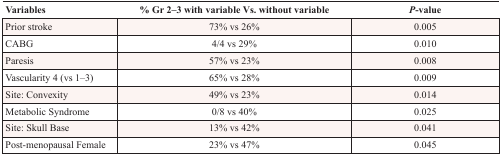
| Variables | % Gr 2–3 with variable Vs. without variable | P-value |
 | --- | --- | --- |
 | Prior stroke | 73% vs 26% | 0.005 |
 | CABG | 4/4 vs 29% | 0.010 |
 | Paresis | 57% vs 23% | 0.008 |
 | Vascularity 4 (vs 1–3) | 65% vs 28% | 0.009 |
 | Site: Convexity | 49% vs 23% | 0.014 |
 | Metabolic Syndrome | 0/8 vs 40% | 0.025 |
 | Site: Skull Base | 13% vs 42% | 0.041 |
 | Post-menopausal Female | 23% vs 47% | 0.045 |